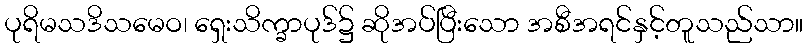
ပုရိမသဒိသမေဝ၊ ရှေးသိက္ခာပုဒ်၌ ဆိုအပ်ပြီးသော အစီအရင်နှင့်တူသည်သာ။